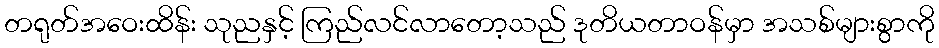
တရုတ်အဝေးထိန်း သုညနှင့် ကြည်လင်လာတော့သည် ဒုတိယတာဝန်မှာ အသစ်များစွာကို